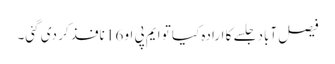
فیصل آباد جلسے کا ارادہ کیا تو ایم پی او 16 نافذ کر دی گئی۔